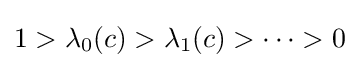
1>\lambda _{0}(c)>\lambda _{1}(c)>\cdots >0